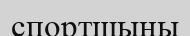
спортшыны